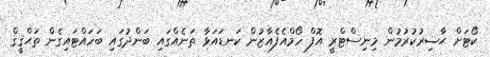
ކޯޓަށް ޙާޟިރުކުރުމުން މިނިސްޓްރީ އޮފް ހޯމްއެފެއާޒުން ކަނޑައަޅާ ތަނެއްގައި ބަންދުގައި ބަހައްޓައިގެން ތަޙްޤީޤް